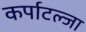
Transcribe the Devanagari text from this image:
कर्पाटल्जा